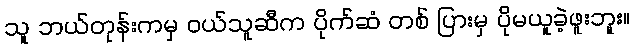
သူ ဘယ်တုန်းကမှ ဝယ်သူဆီက ပိုက်ဆံ တစ် ပြားမှ ပိုမယူခဲ့ဖူးဘူး။